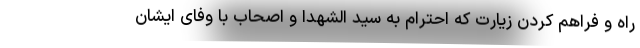
راه و فراهم کردن زیارت که احترام به سید الشهدا و اصحاب با وفای ایشان